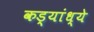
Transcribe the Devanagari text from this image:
कड्यांध्ये